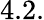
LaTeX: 4.2.